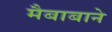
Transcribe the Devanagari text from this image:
मैबाबाने